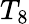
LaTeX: T_{8}